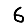
Digit: 6